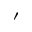
\prime